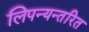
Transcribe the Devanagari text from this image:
लिपन्यन्तरित